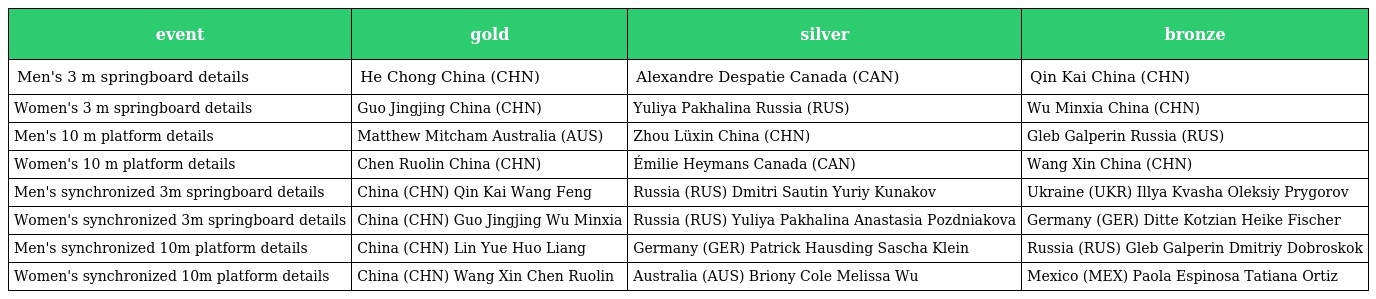
| event | gold | silver | bronze |
 | --- | --- | --- | --- |
 | Men's 3 m springboard details | He Chong China (CHN) | Alexandre Despatie Canada (CAN) | Qin Kai China (CHN) |
 | Women's 3 m springboard details | Guo Jingjing China (CHN) | Yuliya Pakhalina Russia (RUS) | Wu Minxia China (CHN) |
 | Men's 10 m platform details | Matthew Mitcham Australia (AUS) | Zhou Lüxin China (CHN) | Gleb Galperin Russia (RUS) |
 | Women's 10 m platform details | Chen Ruolin China (CHN) | Émilie Heymans Canada (CAN) | Wang Xin China (CHN) |
 | Men's synchronized 3m springboard details | China (CHN) Qin Kai Wang Feng | Russia (RUS) Dmitri Sautin Yuriy Kunakov | Ukraine (UKR) Illya Kvasha Oleksiy Prygorov |
 | Women's synchronized 3m springboard details | China (CHN) Guo Jingjing Wu Minxia | Russia (RUS) Yuliya Pakhalina Anastasia Pozdniakova | Germany (GER) Ditte Kotzian Heike Fischer |
 | Men's synchronized 10m platform details | China (CHN) Lin Yue Huo Liang | Germany (GER) Patrick Hausding Sascha Klein | Russia (RUS) Gleb Galperin Dmitriy Dobroskok |
 | Women's synchronized 10m platform details | China (CHN) Wang Xin Chen Ruolin | Australia (AUS) Briony Cole Melissa Wu | Mexico (MEX) Paola Espinosa Tatiana Ortiz |